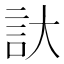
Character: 𮗹